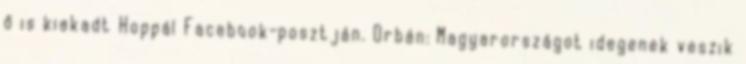
ő is kiakadt Hoppál Facebook-posztján. Orbán: Magyarországot idegenek veszik